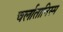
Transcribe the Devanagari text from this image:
चर्लातानिस्म